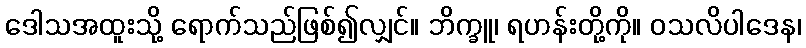
ဒေါသအထူးသို့ ရောက်သည်ဖြစ်၍လျှင်။ ဘိက္ခူ၊ ရဟန်းတို့ကို။ ဝသလိပါဒေန၊